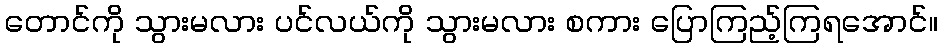
တောင်ကို သွားမလား ပင်လယ်ကို သွားမလား စကား ပြောကြည့်ကြရအောင်။